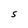
Character: S